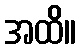
အထိ။